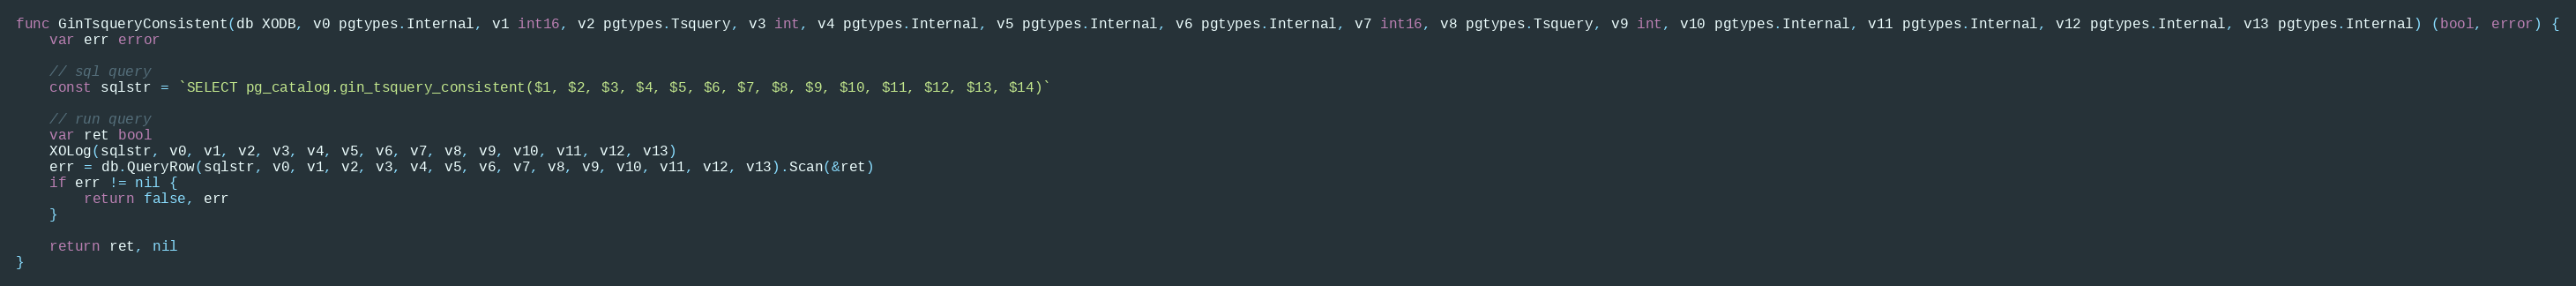
Language: Go
func GinTsqueryConsistent(db XODB, v0 pgtypes.Internal, v1 int16, v2 pgtypes.Tsquery, v3 int, v4 pgtypes.Internal, v5 pgtypes.Internal, v6 pgtypes.Internal, v7 int16, v8 pgtypes.Tsquery, v9 int, v10 pgtypes.Internal, v11 pgtypes.Internal, v12 pgtypes.Internal, v13 pgtypes.Internal) (bool, error) {
	var err error

	// sql query
	const sqlstr = `SELECT pg_catalog.gin_tsquery_consistent($1, $2, $3, $4, $5, $6, $7, $8, $9, $10, $11, $12, $13, $14)`

	// run query
	var ret bool
	XOLog(sqlstr, v0, v1, v2, v3, v4, v5, v6, v7, v8, v9, v10, v11, v12, v13)
	err = db.QueryRow(sqlstr, v0, v1, v2, v3, v4, v5, v6, v7, v8, v9, v10, v11, v12, v13).Scan(&ret)
	if err != nil {
		return false, err
	}

	return ret, nil
}